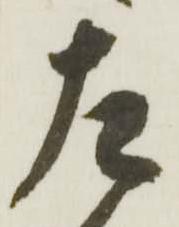
左